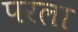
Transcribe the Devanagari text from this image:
परला